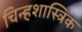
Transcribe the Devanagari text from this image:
चिन्हशास्त्रिक